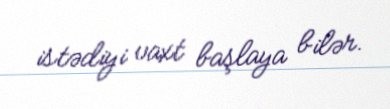
istədiyi vaxt başlaya bilər.